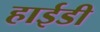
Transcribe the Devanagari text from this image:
हाईडी